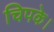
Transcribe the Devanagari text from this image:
चिपके।